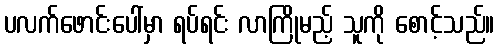
ပလက်ဖောင်းပေါ်မှာ ရပ်ရင်း လာကြိုမည့် သူကို စောင့်သည်။